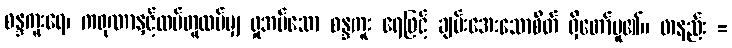
စန္ဒကူးရေ၊ ကရုဏာနှင့်ထပ်တူထပ်မျှ ရှုအပ်သော စန္ဒကူး ရေဖြင့် ချမ်းအေးသောစိတ် ရှိတော်မူ၏။ တနည်း =